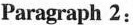
Paragraph 2: